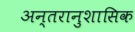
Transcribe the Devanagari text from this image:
अन्तरानुशासिक